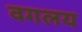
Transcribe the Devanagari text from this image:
वगलय